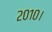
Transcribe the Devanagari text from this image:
२०१०।